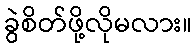
ခွဲစိတ်ဖို့လိုမလား။